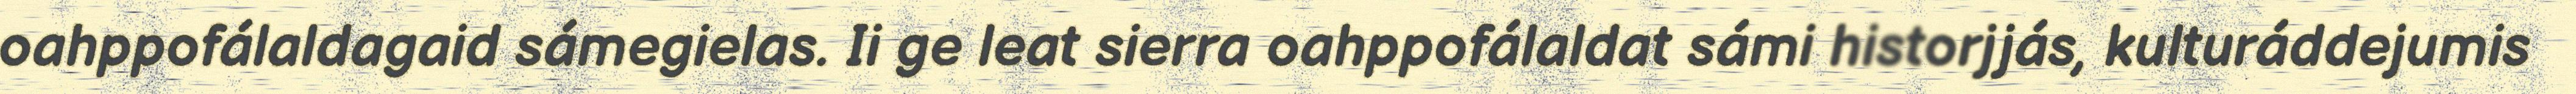
oahppofálaldagaid sámegielas. Ii ge leat sierra oahppofálaldat sámi historjjás, kulturáddejumis